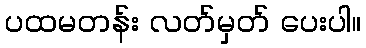
ပထမတန်း လတ်မှတ် ပေးပါ။